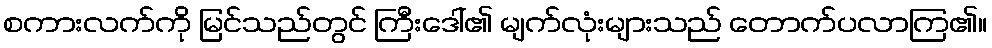
စကားလက်ကို မြင်သည်တွင် ကြီးဒေါ်၏ မျက်လုံးများသည် တောက်ပလာကြ၏။